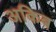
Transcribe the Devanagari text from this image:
अकिब